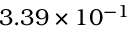
3 . 3 9 \times 1 0 ^ { - 1 }